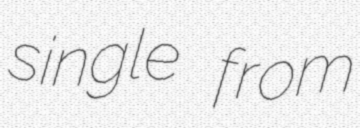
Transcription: single from